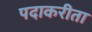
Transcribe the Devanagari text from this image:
पदाकरीता